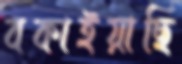
বকাইয়াছি